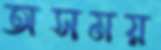
অসময়